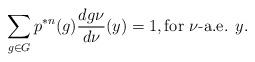
LaTeX: \begin{align*}\sum_{g \in G} p^{*n}(g) \frac{dg\nu}{d\nu}(y) = 1, \textrm{for $\nu$-a.e. $y$}.\end{align*}